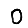
Digit: 0